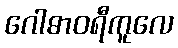
ဂေါဓာဝရီကူလေ